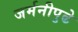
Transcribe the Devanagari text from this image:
जर्मनीपुढे